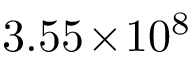
3 . 5 5 \! \times \! 1 0 ^ { 8 }